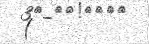
(